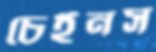
চেইনস